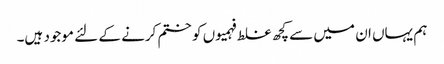
ہم یہاں ان میں سے کچھ غلط فہمیوں کو ختم کرنے کے لئے موجود ہیں۔